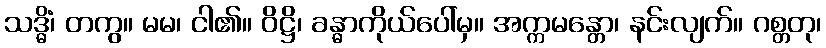
သဒ္ဓိံ၊ တကွ။ မမ၊ ငါ၏။ ဝိဋ္ဌိ၊ ခန္ဓာကိုယ်ပေါ်မှ။ အက္ကမန္တော၊ နင်းလျက်။ ဂစ္တတု၊